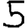
Digit: 5